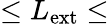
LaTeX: \leq L_{\mathrm{ext}}\leq